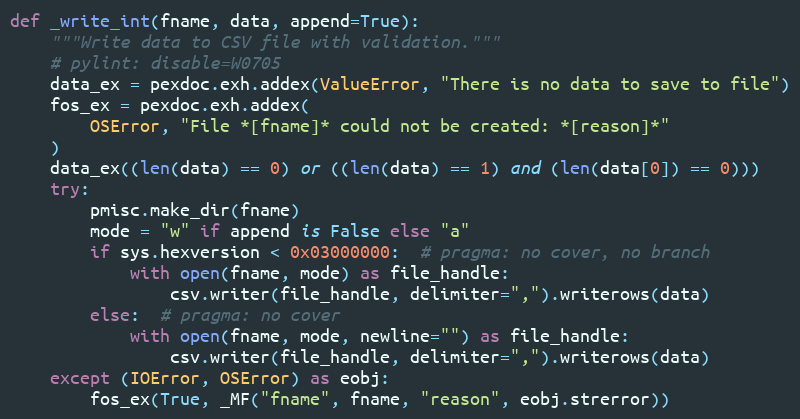
Language: Python
def _write_int(fname, data, append=True):
    """Write data to CSV file with validation."""
    # pylint: disable=W0705
    data_ex = pexdoc.exh.addex(ValueError, "There is no data to save to file")
    fos_ex = pexdoc.exh.addex(
        OSError, "File *[fname]* could not be created: *[reason]*"
    )
    data_ex((len(data) == 0) or ((len(data) == 1) and (len(data[0]) == 0)))
    try:
        pmisc.make_dir(fname)
        mode = "w" if append is False else "a"
        if sys.hexversion < 0x03000000:  # pragma: no cover, no branch
            with open(fname, mode) as file_handle:
                csv.writer(file_handle, delimiter=",").writerows(data)
        else:  # pragma: no cover
            with open(fname, mode, newline="") as file_handle:
                csv.writer(file_handle, delimiter=",").writerows(data)
    except (IOError, OSError) as eobj:
        fos_ex(True, _MF("fname", fname, "reason", eobj.strerror))